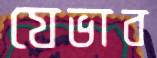
যেভাব